Civil Veterinary Dept. North-West Frontier Province 1933-46 - 1933-1946
Year: 1933
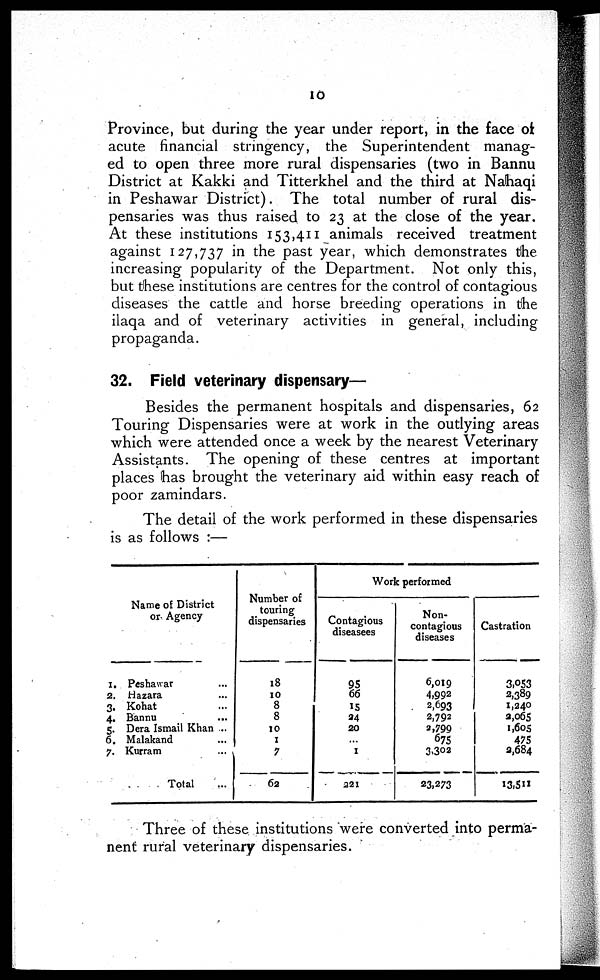
10
Province, but during the year under report, in the face of
acute financial stringency, the Superintendent manag-
ed to open three more rural dispensaries (two in Bannu
District at Kakki and Titterkhel and the third at Nahaqi
in Peshawar District). The total number of rural dis-
pensaries was thus raised to 23 at the close of the year.
At these institutions 153,411 animals received treatment
against 127,737 in the past year, which demonstrates the
increasing popularity of the Department. Not only this,
but these institutions are centres for the control of contagious
diseases the cattle and horse breeding operations in the
ilaqa and of veterinary activities in general, including
propaganda.
32. Field veterinary dispensary—
Besides the permanent hospitals and dispensaries, 62
Touring Dispensaries were at work in the outlying areas
which were attended once a week by the nearest Veterinary
Assistants. The opening of these centres at important
places has brought the veterinary aid within easy reach of
poor zamindars.
The detail of the work performed in these dispensaries
is as follows:—
Name of District
or Agency
1. Peshawar ...
2. Hazara ...
3. Kohat ...
4. Bannu ...
5. Dera Ismail Khan ...
6. Malakand ...
7. Kurram
...
Total ...
Number of
touring
dispensaries
18
10
8
8
10
1
7
62
Work performed
Contagious
diseasees
95
66
15
24
20
...
1
221
Non-
contagious
diseases
6,019
4,992
2,693
2,792
2,799
675
3,302
23,273
Castration
3,053
2,389
1,240
2,065
1,605
475
2,684
13,511
Three of these institutions were converted into perma-
nent rural veterinary dispensaries.